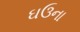
ઘઉના